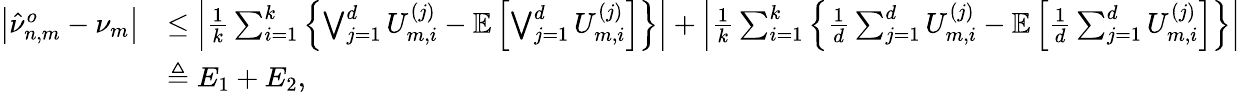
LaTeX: \begin{array}{rl}{\left|\hat{\nu}_{n,m}^{o}-\nu_{m}\right|}&{\leq\left|\frac{1}{k}\sum_{i=1}^{k}\left\{ \bigvee_{j=1}^{d}U_{m,i}^{(j)}-\mathbb{E}\left[\bigvee_{j=1}^{d}U_{m,i}^{(j)}\right]\right\} \right|+\left|\frac{1}{k}\sum_{i=1}^{k}\left\{ \frac{1}{d}\sum_{j=1}^{d}U_{m,i}^{(j)}-\mathbb{E}\left[\frac{1}{d}\sum_{j=1}^{d}U_{m,i}^{(j)}\right]\right\} \right|}\\ &{\triangleq E_{1}+E_{2},}\end{array}